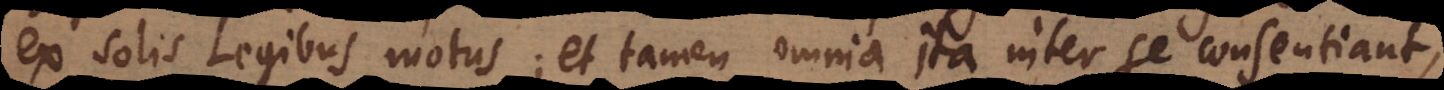
ex solis Legibus motus; et tamen omnia ita inter se consentiant,